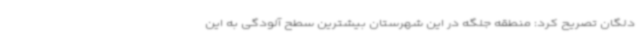
دلگان تصریح کرد: منطقه جلگه در این شهرستان بیشترین سطح آلودگی به این